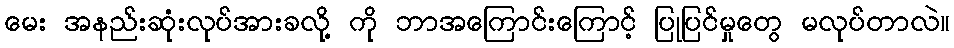
မေး အနည်းဆုံးလုပ်အားခလို့ ကို ဘာအကြောင်းကြောင့် ပြုပြင်မှုတွေ မလုပ်တာလဲ။